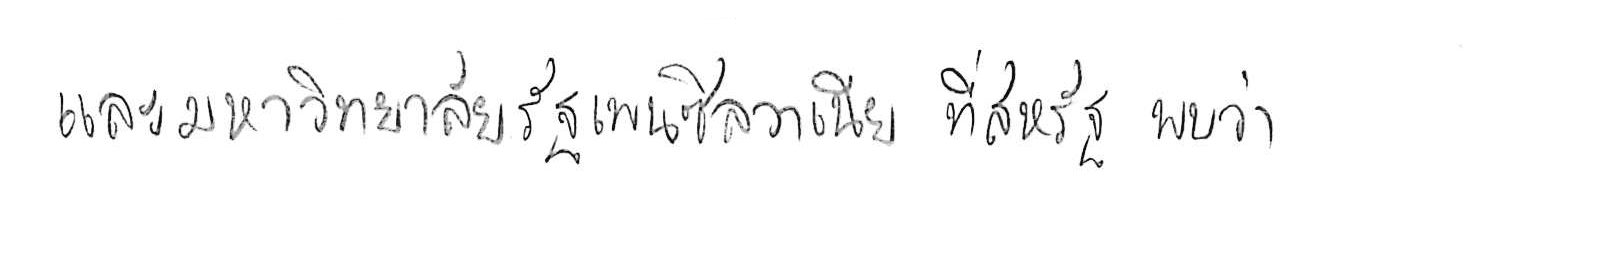
และมหาวิทยาลัยรัฐเพนซิลวาเนีย ที่สหรัฐ พบว่า